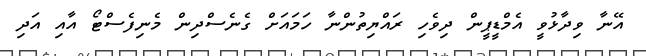
އޭނާ ވިދާޅުވީ އެމްޑީޕީން ދިވެހި ރައްޔިތުންނާ ހަމައަށް ގެނެސްދިން މެނިފެސްޓޯ އާއި އަދި